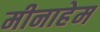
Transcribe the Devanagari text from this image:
मीनाहेम